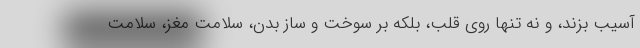
آسیب بزند، و نه تنها روی قلب، بلکه بر سوخت و ساز بدن، سلامت مغز، سلامت